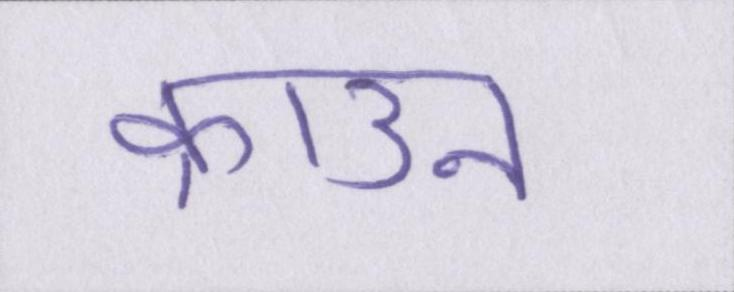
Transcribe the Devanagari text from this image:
क्राउन